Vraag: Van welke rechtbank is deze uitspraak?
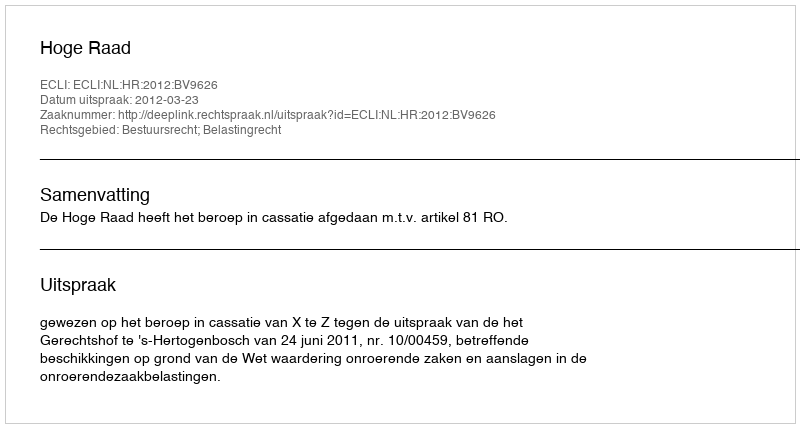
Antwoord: Hoge Raad